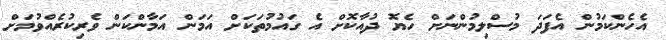
އެހެންކަމުން އެފަދަ މުސްލިމުންނަށް ހެޔޮ ދުއާކޮށް އެ ގައުމުތަކަށް އަމަން އަމާންކަން ވެރިކުރެއްވުމަށް